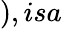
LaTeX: ),isa